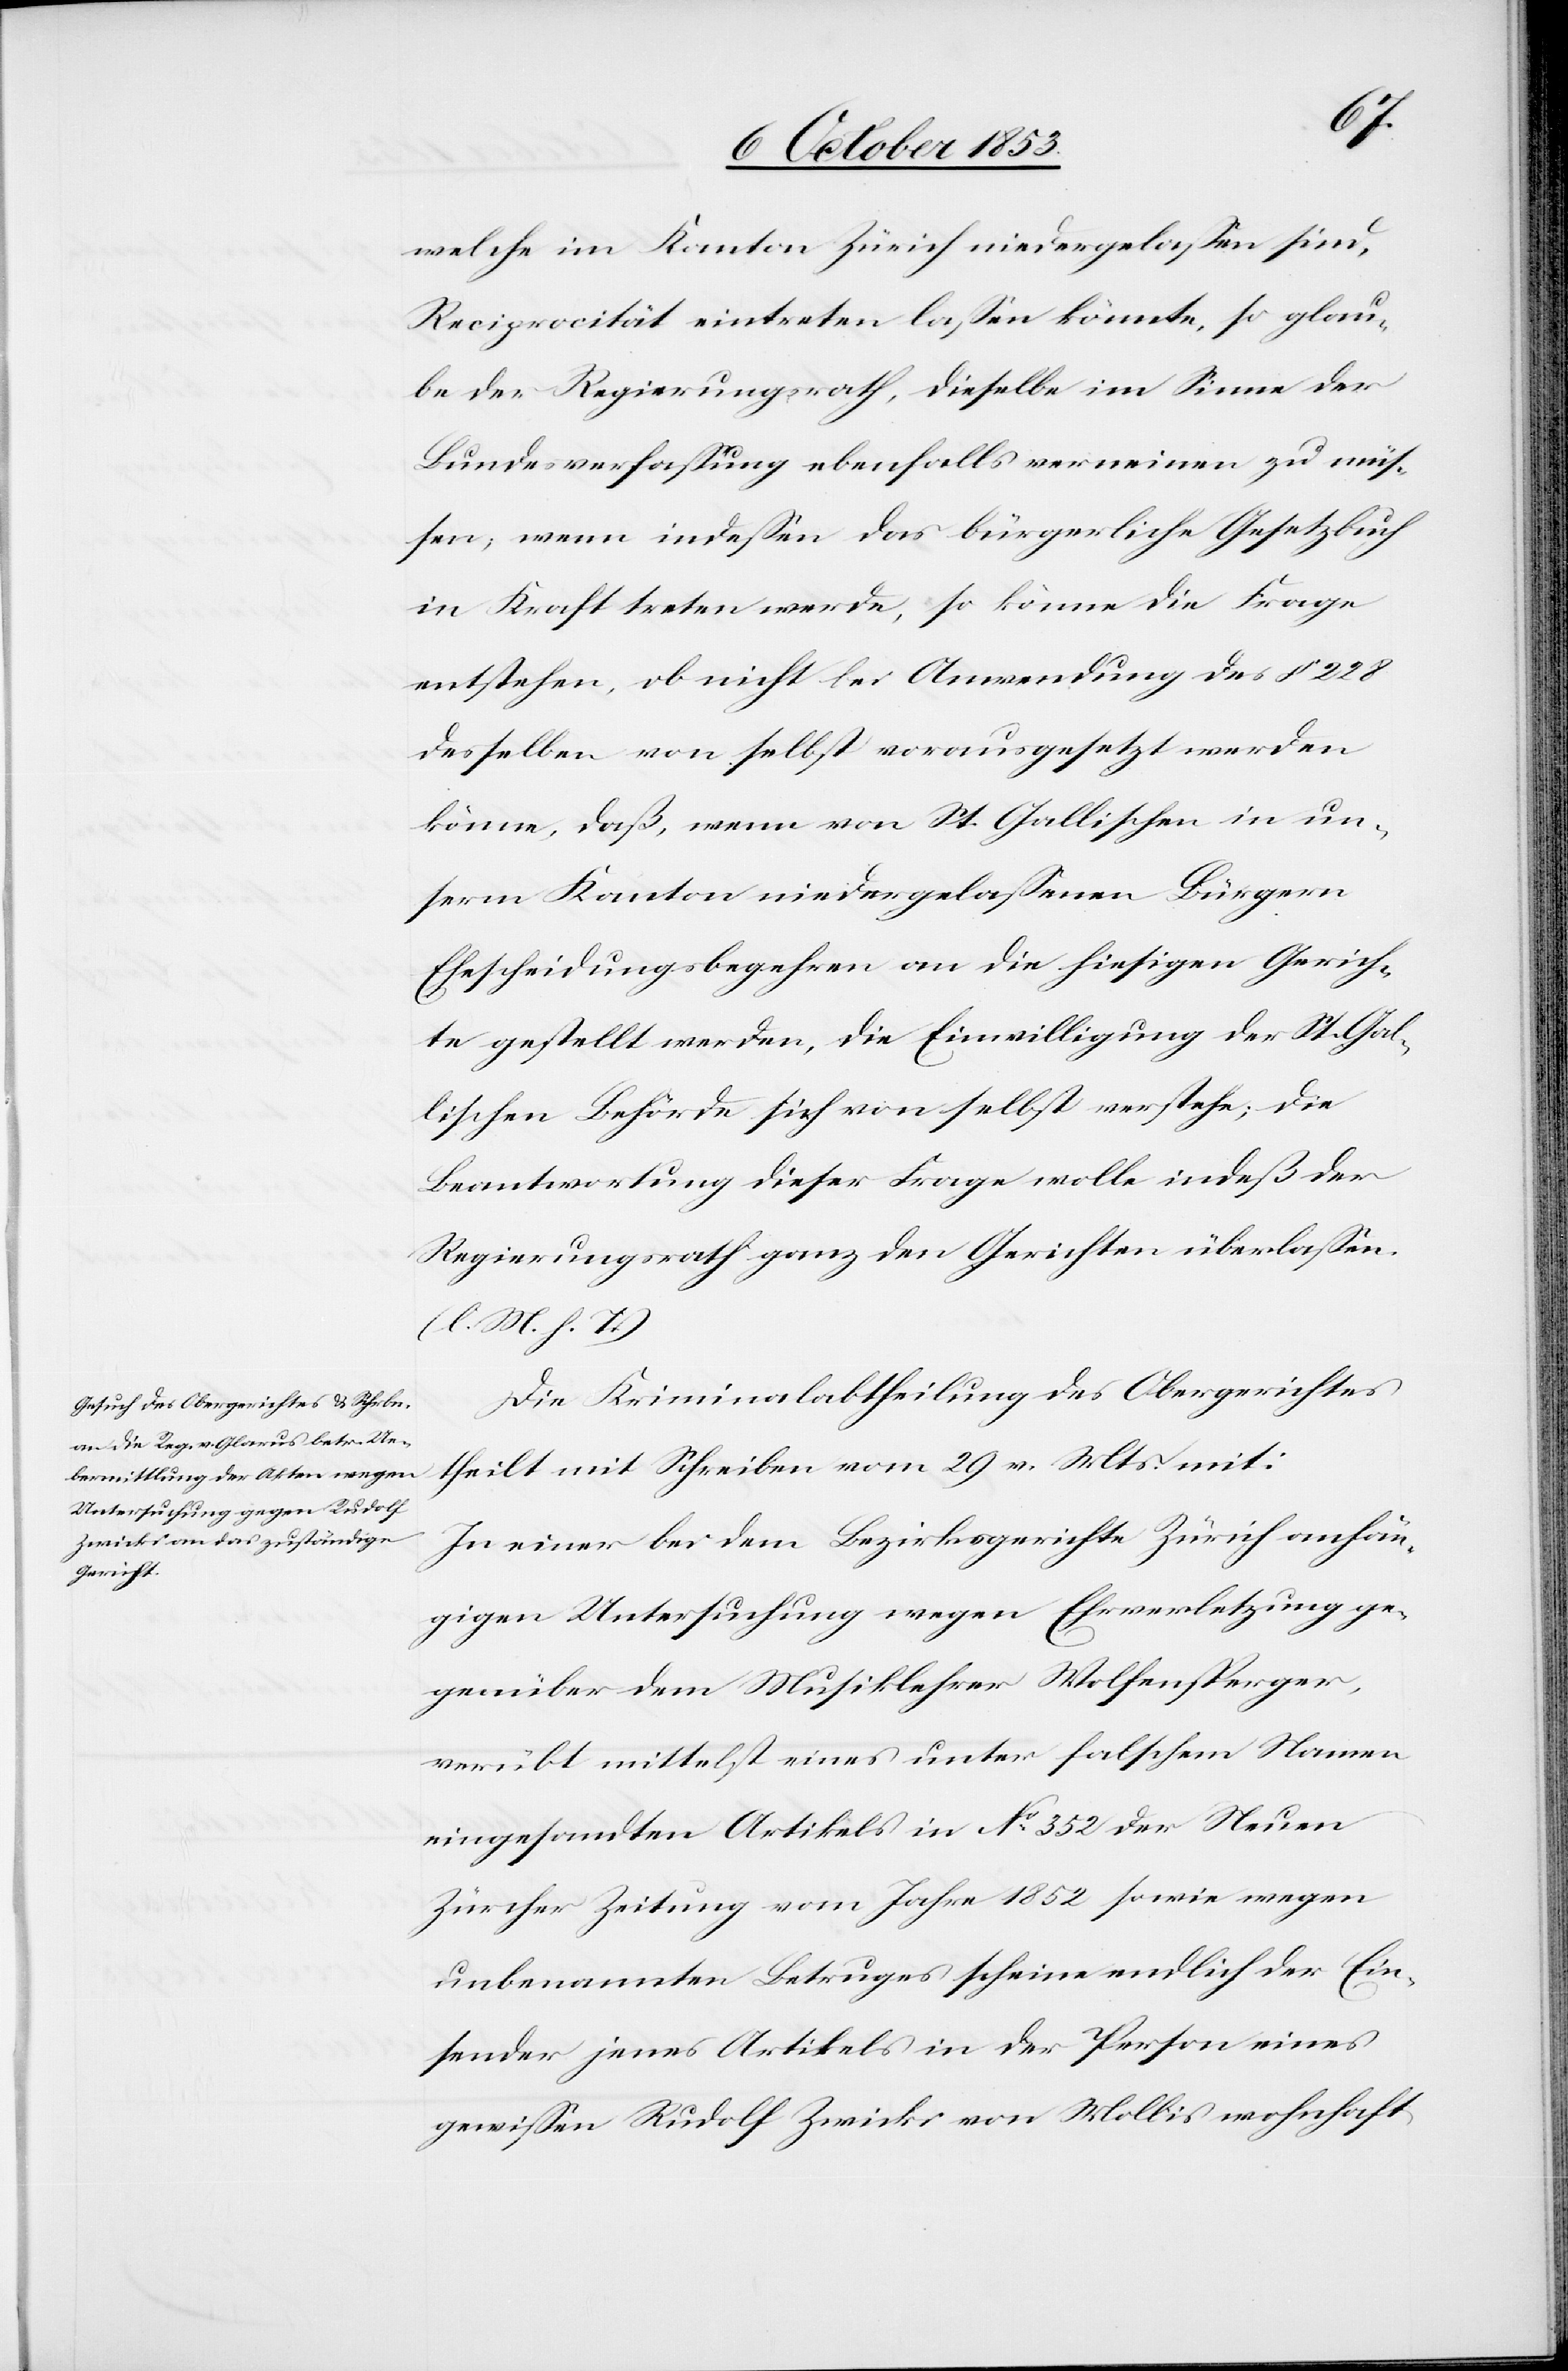
welche im Kanton Zürich niedergelaßen sind,
Reciprocität eintreten laßen könnte, so glau¬
be der Regierungsrath, dieselbe im Sinne der
Bundesverfaßung ebenfalls verneinen zu müßen,
desselben von selbst vorausgesetzt werden
könne, daß, wenn von St. Gallischen in un¬
serm Kanton niedergelaßenen Bürgern
Ehescheidungsbegehren an die hiesigen Gerich¬
te gestellt werden, die Einwilligung der St. Gal¬
lischen Behörde sich von selbst verstehe; die
Beantwortung dieser Frage wolle indeß der
Regierungsrath ganz den Gerichten überlaßen.
[l. M. h. T]
Die Kriminalabtheilung des Obergerichtes
theilt mit Schreiben vom 29 v. Mts. mit:
In einer bei dem Bezirksgerichte Zürich anhän¬
gigen Untersuchung wegen Ehrverletzung ge¬
genüber dem Musiklehrer Wolfensperger,
verübt mittels eines unter falschem Namen
eingesandten Artikels in N° 352 der Neuen
Zürcher Zeitung vom Jahre 1852 sowie wegen
unbenannten Betruges scheine endlich der Ein¬
sender jenes Artikels in der Person eines
gewißen Rudolf Zwicki von Wallis wohnhaft